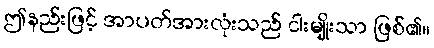
ဤနည်းဖြင့် အာပတ်အားလုံးသည် ငါးမျိုးသာ ဖြစ်၏။